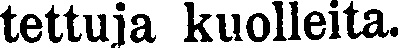
tettuja kuolleita.